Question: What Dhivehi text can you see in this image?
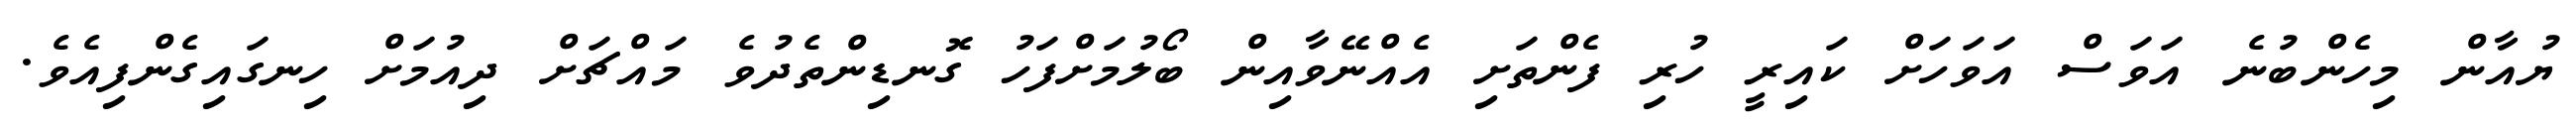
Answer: ޔުއާން މިހެންބުނެ އަވަސް އަވަހަށް ކައިރީ ހުރި ފެންތަށި އެއްނޭވާއިން ބޯލުމަށްފަހު ގޮނޑިންތެދުވެ މައްޗަށް ދިއުމަށް ހިނގައިގެންފިއެވެ.